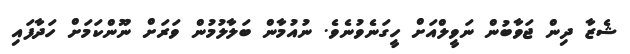
ޝެޒާ ދިން ޖަވާބުން ނަވީލްއަށް ހީގަނެވުނެވެ. ނުއުމާން ބަލާލުމުން ވަރަށް ނޫންކަމަށް ހަދާފައި